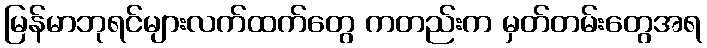
မြန်မာဘုရင်များလက်ထက်တွေ ကတည်းက မှတ်တမ်းတွေအရ